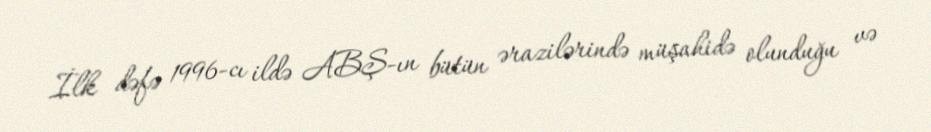
İlk dəfə 1996-cı ildə ABŞ-ın bütün ərazilərində müşahidə olunduğu və